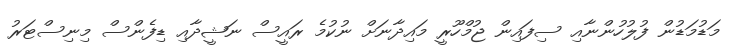
މަޑުމަޑުން ފުލުހުންނާއި ސިފައިން ޖުމްހޫރީ މައިދާނަށް ނުކުމެ ރައީސް ނަޝީދާއި ޑިފެންސް މިނިސްޓަރު